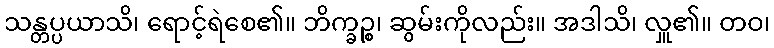
သန္တပ္ပယာသိ၊ ရောင့်ရဲစေ၏။ ဘိက္ခဉ္စ၊ ဆွမ်းကိုလည်း။ အဒါသိ၊ လှူ၏။ တဝ၊